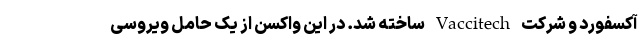
آکسفورد و شرکت Vaccitech ساخته شد. در این واکسن از یک حامل ویروسی